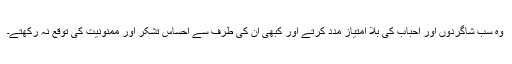
وہ سب شاگردوں اور احباب کی بلا امتیاز مدد کرتے اور کبھی ان کی طرف سے احساس تشکر اور ممنونیت کی توقع نہ رکھتے۔